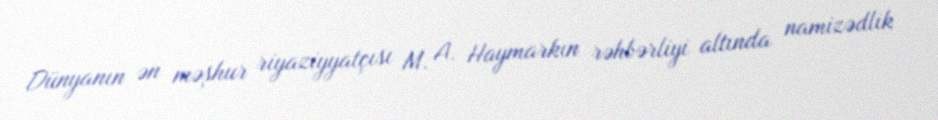
Dünyanın ən məşhur riyaziyyatçısı M. A. Haymarkın rəhbərliyi altında namizədlik